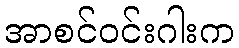
အာစင်ဝင်းဂါးက